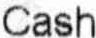
CASH